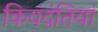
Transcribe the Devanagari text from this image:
किवंदंतियां